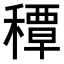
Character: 𥢏